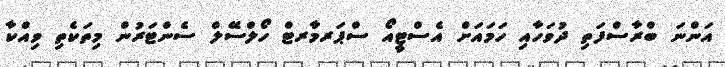
އަންނަ ބްރާސްފަތި ދުވަހާއި ހަމައަށް އެސްޓީއޯ ސްޕަރމާރޓް ހޯލްސޭލް ސެންޓަރުން މިތަކެތި ވިއްކާ